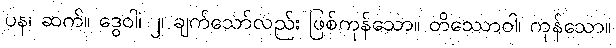
ပန၊ ဆက်။ ဒွေဝါ၊ ၂၊ ချက်သော်လည်း ဖြစ်ကုန်သော။ တိဿောဝါ၊ ကုန်သော။